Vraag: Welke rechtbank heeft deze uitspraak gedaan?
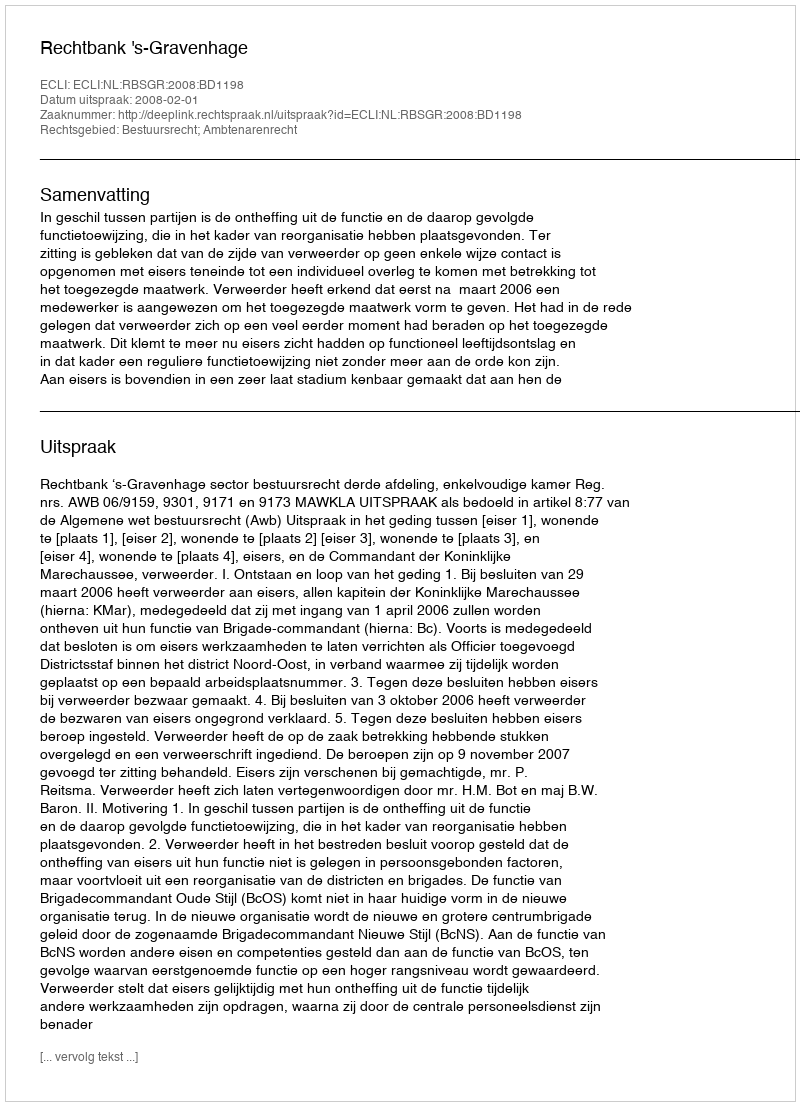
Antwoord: Rechtbank 's-Gravenhage